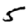
Digit: 5